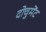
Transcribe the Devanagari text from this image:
दोचुमेंट